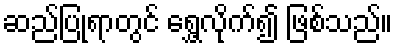
ဆည်ပြုရာတွင် ရွှေ့လိုက်၍ ဖြစ်သည်။